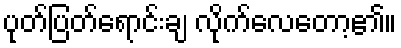
ပုတ်ပြတ်ရောင်းချ လိုက်လေတော့၏။